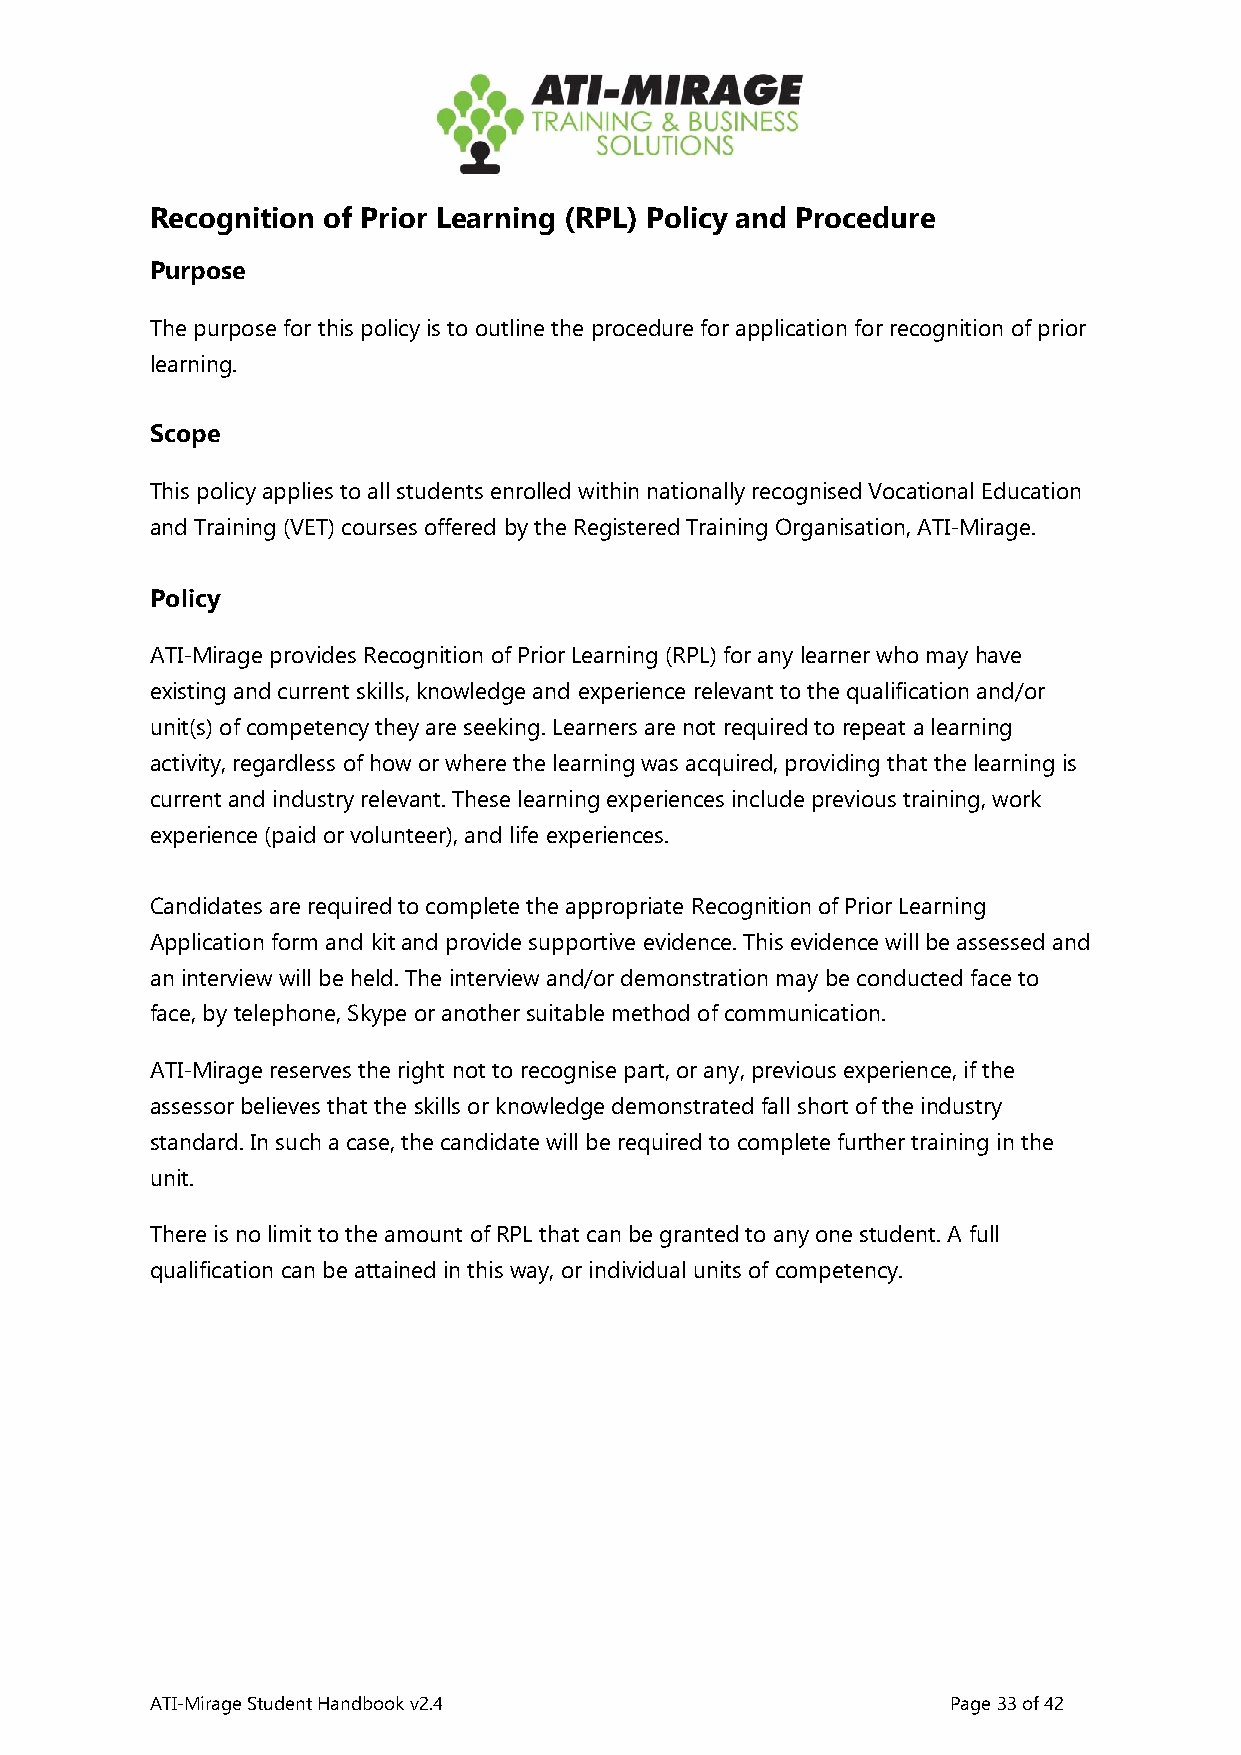
Recognition of Prior Learning (RPL) Policy and Procedure
 Purpose
 The purpose for this policy is to outline the procedure for application for recognition of prior
 learning.
 Scope
 This policy applies to all students enrolled within nationally recognised Vocational Education
 and Training (VET) courses offered by the Registered Training Organisation, ATI-Mirage.
 Policy
 ATI-Mirage provides Recognition of Prior Learning (RPL) for any learner who may have
 existing and current skills, knowledge and experience relevant to the qualification and/or
 unit(s) of competency they are seeking. Learners are not required to repeat a learning
 activity, regardless of how or where the learning was acquired, providing that the learning is
 current and industry relevant. These learning experiences include previous training, work
 experience (paid or volunteer), and life experiences.
 Candidates are required to complete the appropriate Recognition of Prior Learning
 Application form and kit and provide supportive evidence. This evidence will be assessed and
 an interview will be held. The interview and/or demonstration may be conducted face to
 face, by telephone, Skype or another suitable method of communication.
 ATI-Mirage reserves the right not to recognise part, or any, previous experience, if the
 assessor believes that the skills or knowledge demonstrated fall short of the industry
 standard. In such a case, the candidate will be required to complete further training in the
 unit.
 There is no limit to the amount of RPL that can be granted to any one student. A full
 qualification can be attained in this way, or individual units of competency.
 ATI-Mirage Student Handbook v2.4                     Page 33 of 42